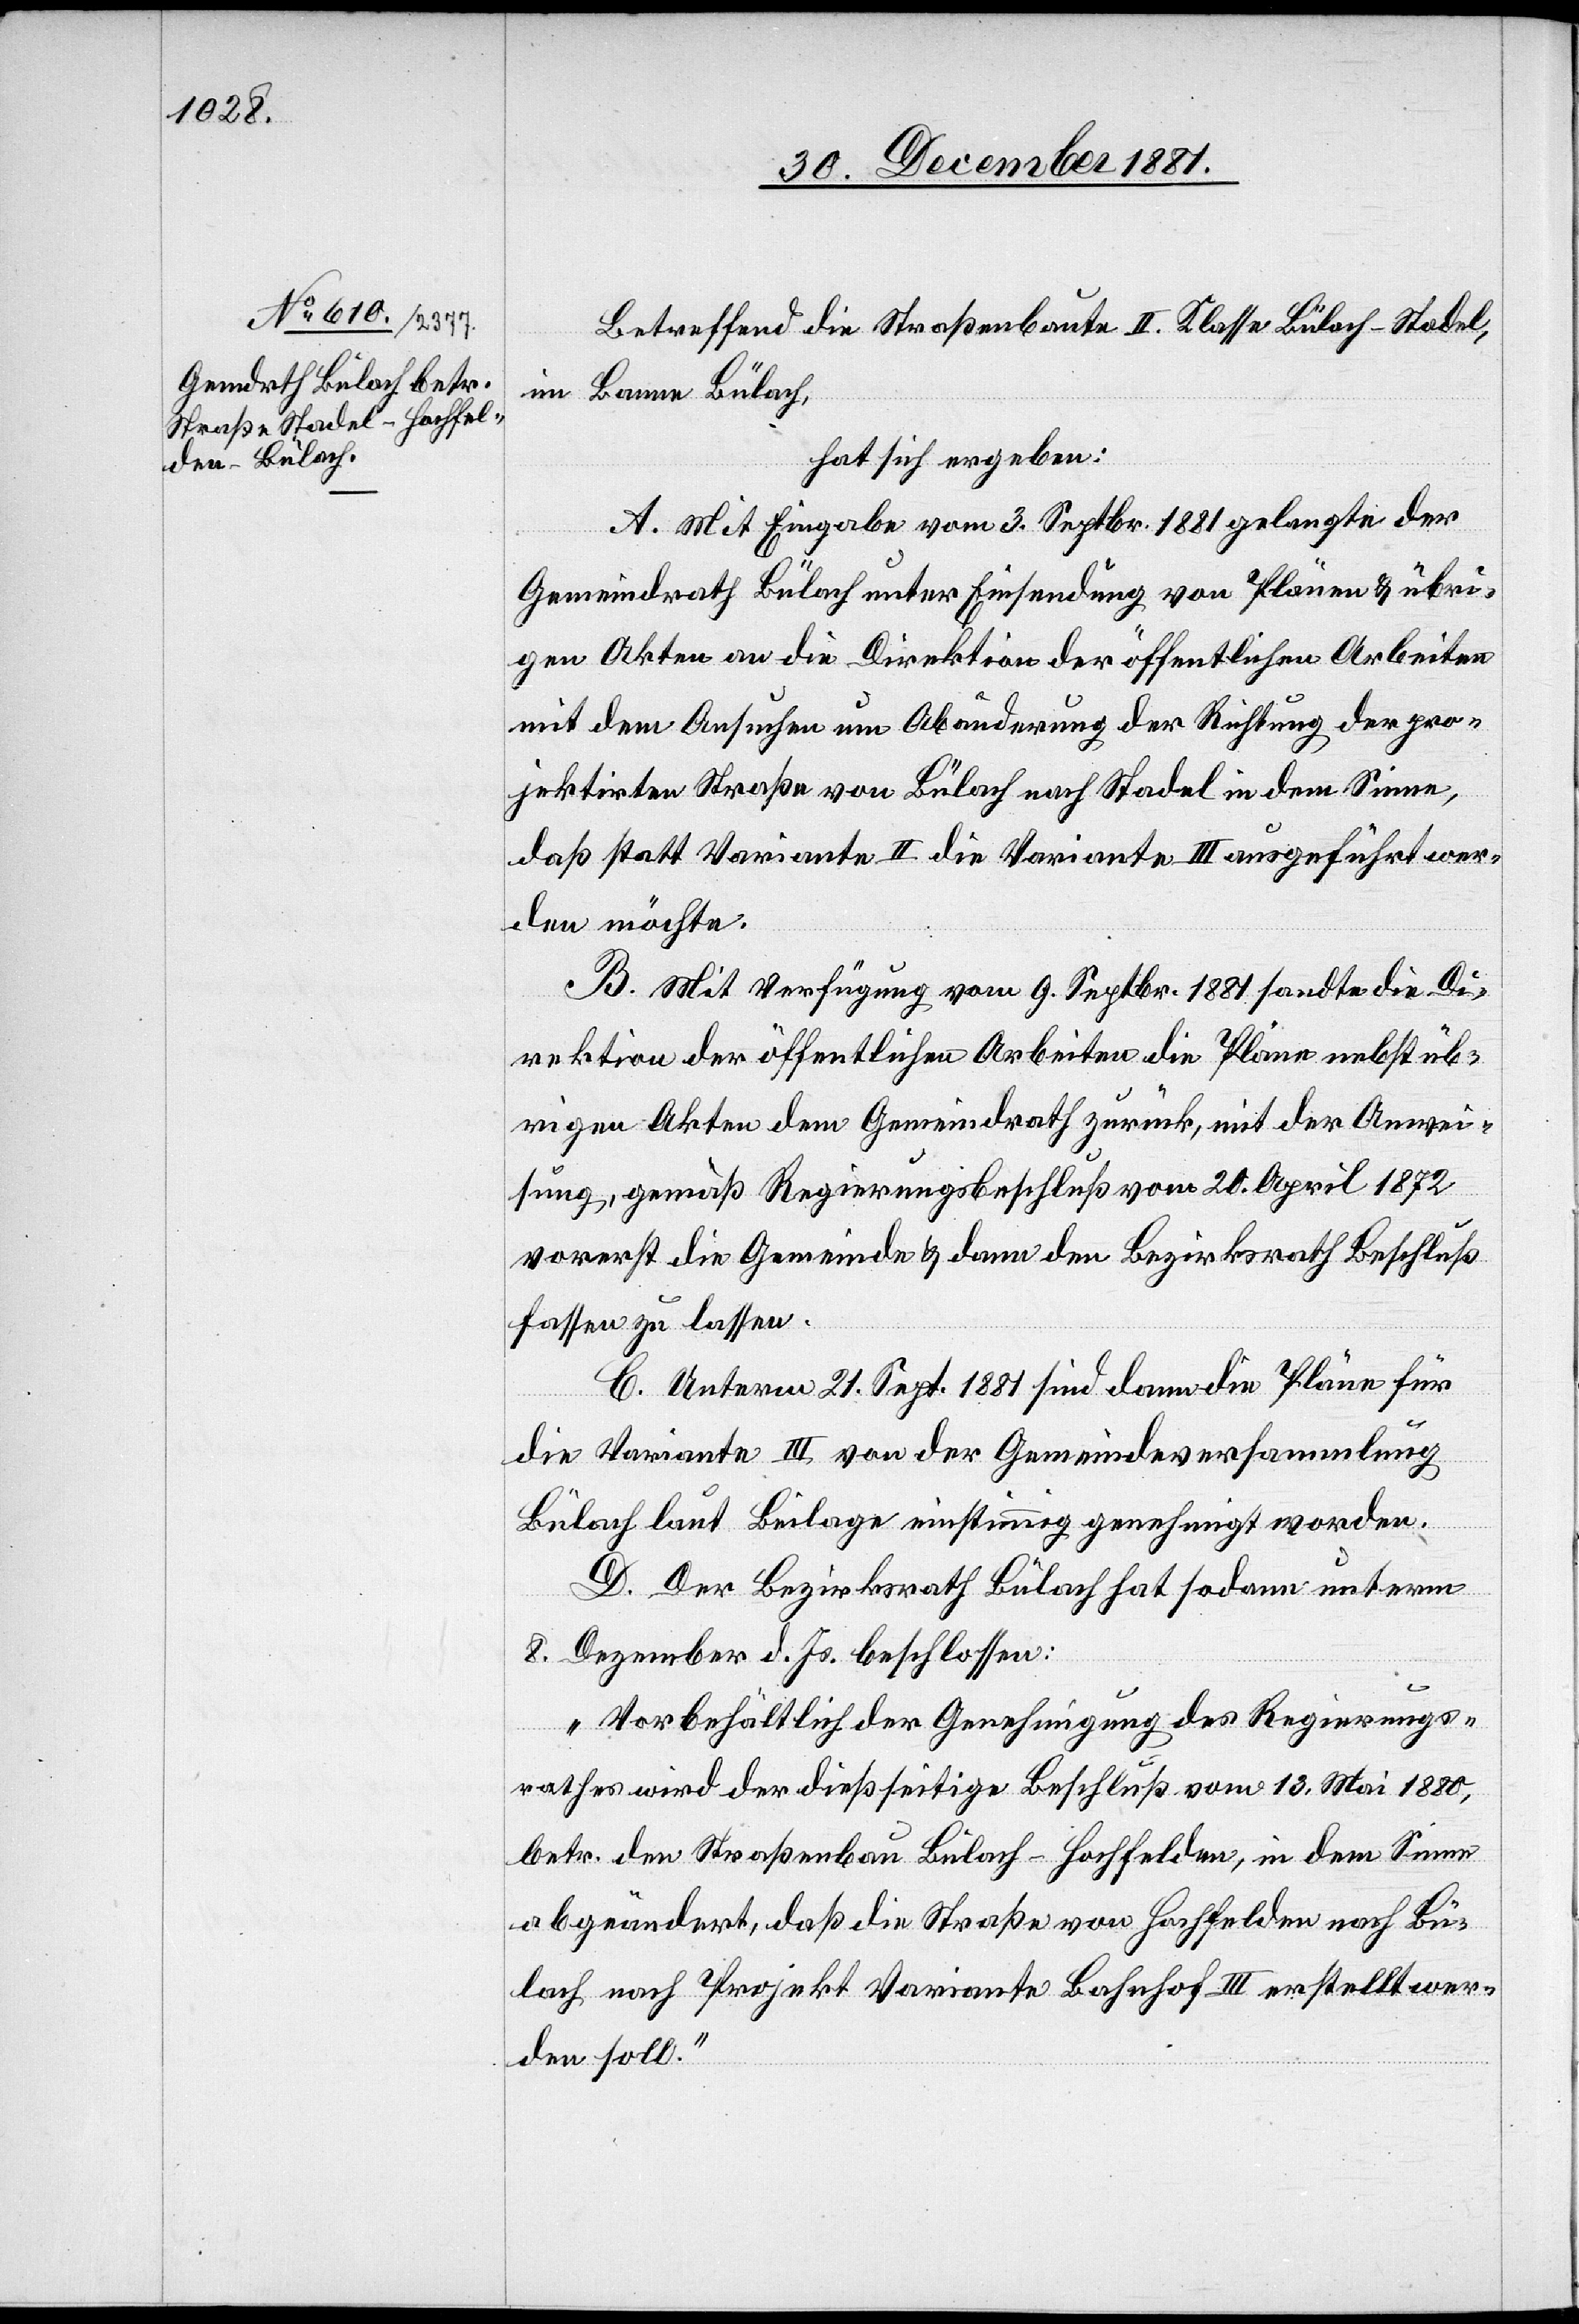
Betreffend die Straßenbaute II. Klasse Bülach–Stadel
im Banne Bülach,
hat sich ergeben:
A. Mit Eingabe vom 3. Septbr. 1881 gelangte der
Gemeindrath Bülach unter Einsendung von Plänen & übri¬
gen Akten an die Direktion der öffentlichen Arbeiten
mit dem Ansuchen um Abänderung der Richtung der pro¬
jektirten Straße von Bülach nach Stadel in dem Sinne,
daß statt Variante II die Variante III ausgeführt wer¬
den möchte.
B. Mit Verfügung vom 9. Septbr. 1881 sandte die Di¬
rektion der öffentlichen Arbeiten die Plänen nebst üb¬
rigen Akten dem Gemeindrath zurück, mit der Anwei¬
sung, gemäß Regierungsbeschluß vom 20. April 1872
vorerst die Gemeinde & dann den Bezirksrath Beschluß
fassen zu lassen.
C. Unterm 21. Sept. 1881 sind dann die Pläne für
die Variante III von der Gemeindeversammlung
Bülach laut Beilage einstimmig genehmigt worden.
D. Der Bezirksrath Bülach hat sodann unterm
8. Dezember d. Js. beschlossen:
„Vorbehältlich der Genehmigung des Regierungs¬
rathes wird der dießseitige Beschluß vom 13. Mai 1880,
betr. den Straßenbau Bülach–Hochfelden, in dem Sinne
abgeändert, daß die Straße von Hochfelden nach Bü¬
lach nach Projekt Variante Bahnhof III erstellt wer¬
den soll.“